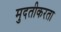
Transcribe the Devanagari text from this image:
मुदतीकरता